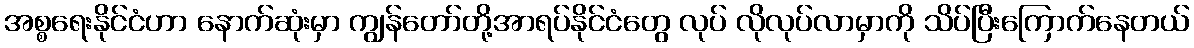
အစ္စရေးနိုင်ငံဟာ နောက်ဆုံးမှာ ကျွန်တော်တို့အာရပ်နိုင်ငံတွေ လုပ် လိုလုပ်လာမှာကို သိပ်ပြီးကြောက်နေတယ်